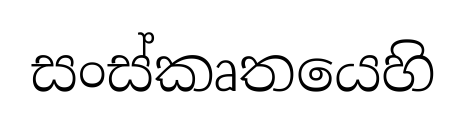
සංස්කෘතයෙහි